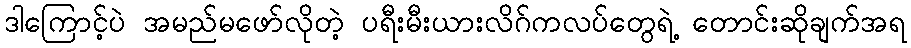
ဒါကြောင့်ပဲ အမည်မဖော်လိုတဲ့ ပရီးမီးယားလိဂ်ကလပ်တွေရဲ့ တောင်းဆိုချက်အရ